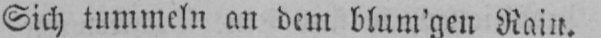
Sich tummeln an dem blum’gen Rain.